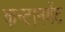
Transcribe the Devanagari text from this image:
कन्टानमेंट